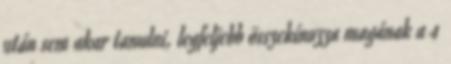
után sem akar tanulni, legfeljebb összekínozza magának a 4